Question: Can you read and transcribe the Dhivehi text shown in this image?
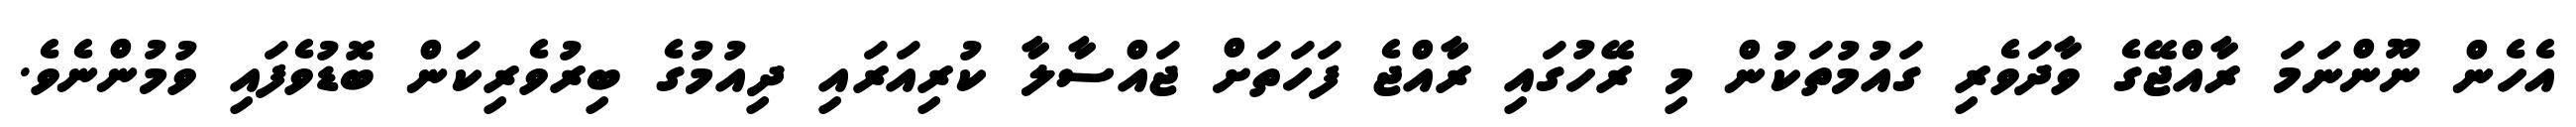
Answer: އެހެން ނޫންނަމަ ރާއްޖޭގެ ވާދަވެރި ގައުމުތަކުން މި ރޭހުގައި ރާއްޖެ ފަހަތަށް ޖައްސާލާ ކުރިއަރައި ދިއުމުގެ ބިރުވެރިކަން ބޮޑުވެފައި ވުމުންނެވެ.